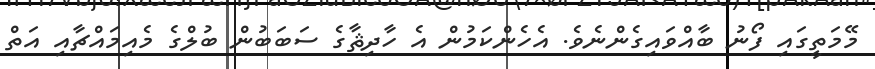
މޭމަތީގައި ފޯނު ބާއްވައިގެންނެވެ. އެހެންކަމުން އެ ހާދިޘާގެ ސަބަބުން ބުލްގެ މެއިމައްޗާއި އަތް